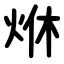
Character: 烌